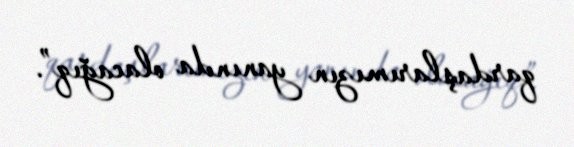
qardaşlarımızın yanında olacağıq”.